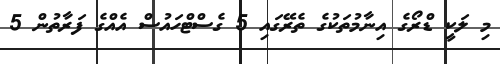
މި ލަކީ ޑްރޯގެ އިނާމުތަކުގެ ތެރޭގައި 5 ގެސްޓްހައުސް އެއްގެ ފަރާތުން 5